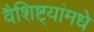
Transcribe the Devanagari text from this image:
वैशिष्ट्यांमधे